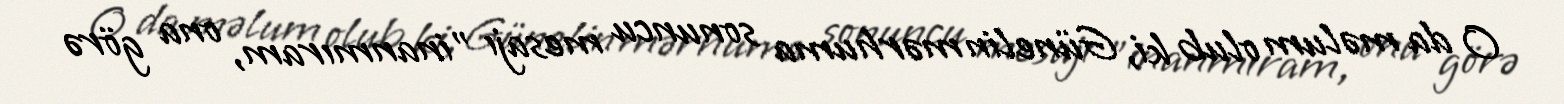
O da məlum olub ki, Günelin mərhuma sonuncu mesajı "inanmıram, ona görə